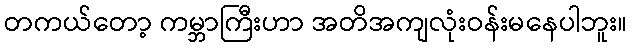
တကယ်တော့ ကမ္ဘာကြီးဟာ အတိအကျလုံးဝန်းမနေပါဘူး။